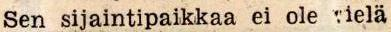
Sen sijaintipaikkaa ei ole vielä